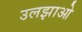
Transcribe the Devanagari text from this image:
उलझाओ